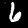
Label: 6